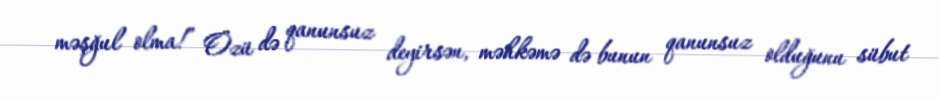
məşğul olma!” Özü də qanunsuz deyirsən, məhkəmə də bunun qanunsuz olduğunu sübut